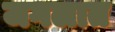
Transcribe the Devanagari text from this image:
जगलात